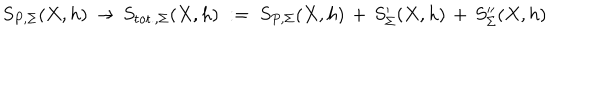
S _ { P , \Sigma } ( X , h ) \, \to \, S _ { \mathrm { t o t . , } \Sigma } ( X , h ) \; : = \; S _ { P , \Sigma } ( X , h ) \, + \, S _ { \Sigma } ^ { \prime } ( X , h ) \, + \, S _ { \Sigma } ^ { \prime \prime } ( X , h ) \,